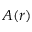
A ( r )